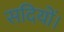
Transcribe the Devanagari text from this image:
सदियों।